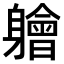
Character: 𫏱